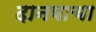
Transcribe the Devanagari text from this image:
दानवाचा